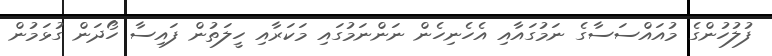
ފުލުހުންގެ މުއައްސަސާގެ ނަމުގައާއި އެހެނިހެން ނަންނަމުގައި މަކަރާއި ހީލަތުން ފައިސާ ހޯދަން ގުޅަމުން